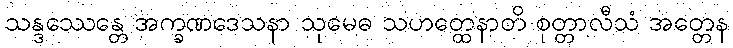
သန္ဒဿေန္တေ အက္ခဏဒေသနာ သုမေဓ သဟတ္ထေနာတိ စုတ္တာလီသံ အတ္တေန